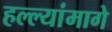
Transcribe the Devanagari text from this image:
हल्ल्यांमागे